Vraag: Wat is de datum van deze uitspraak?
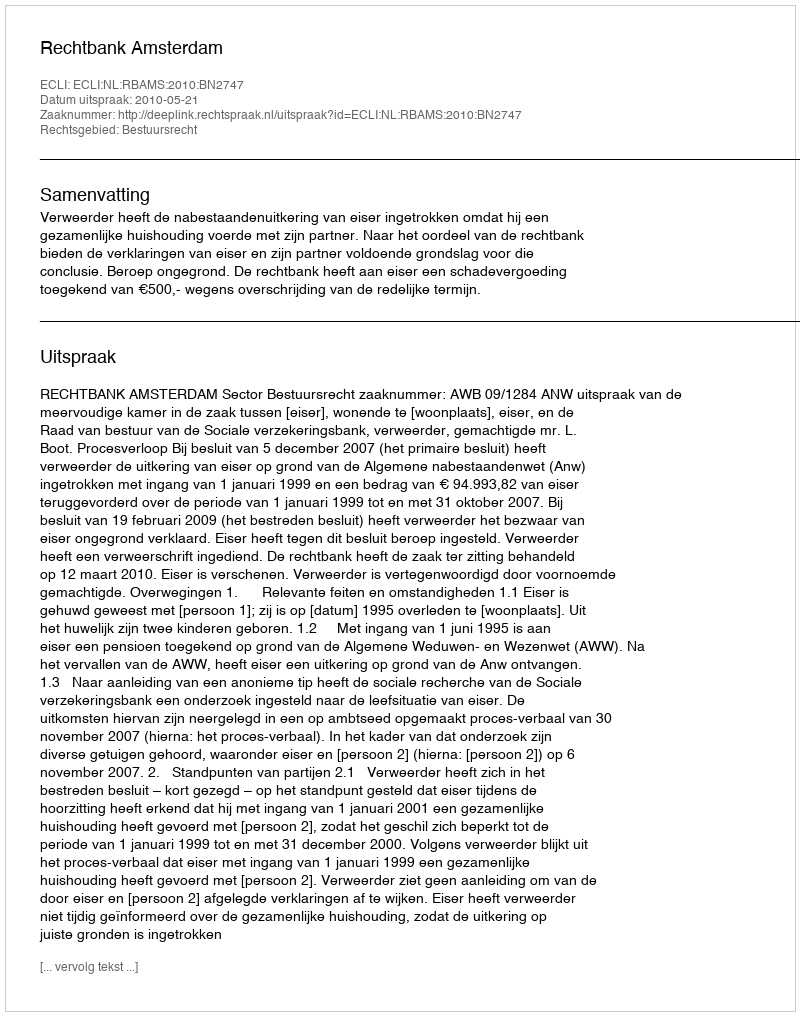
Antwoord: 2010-05-21